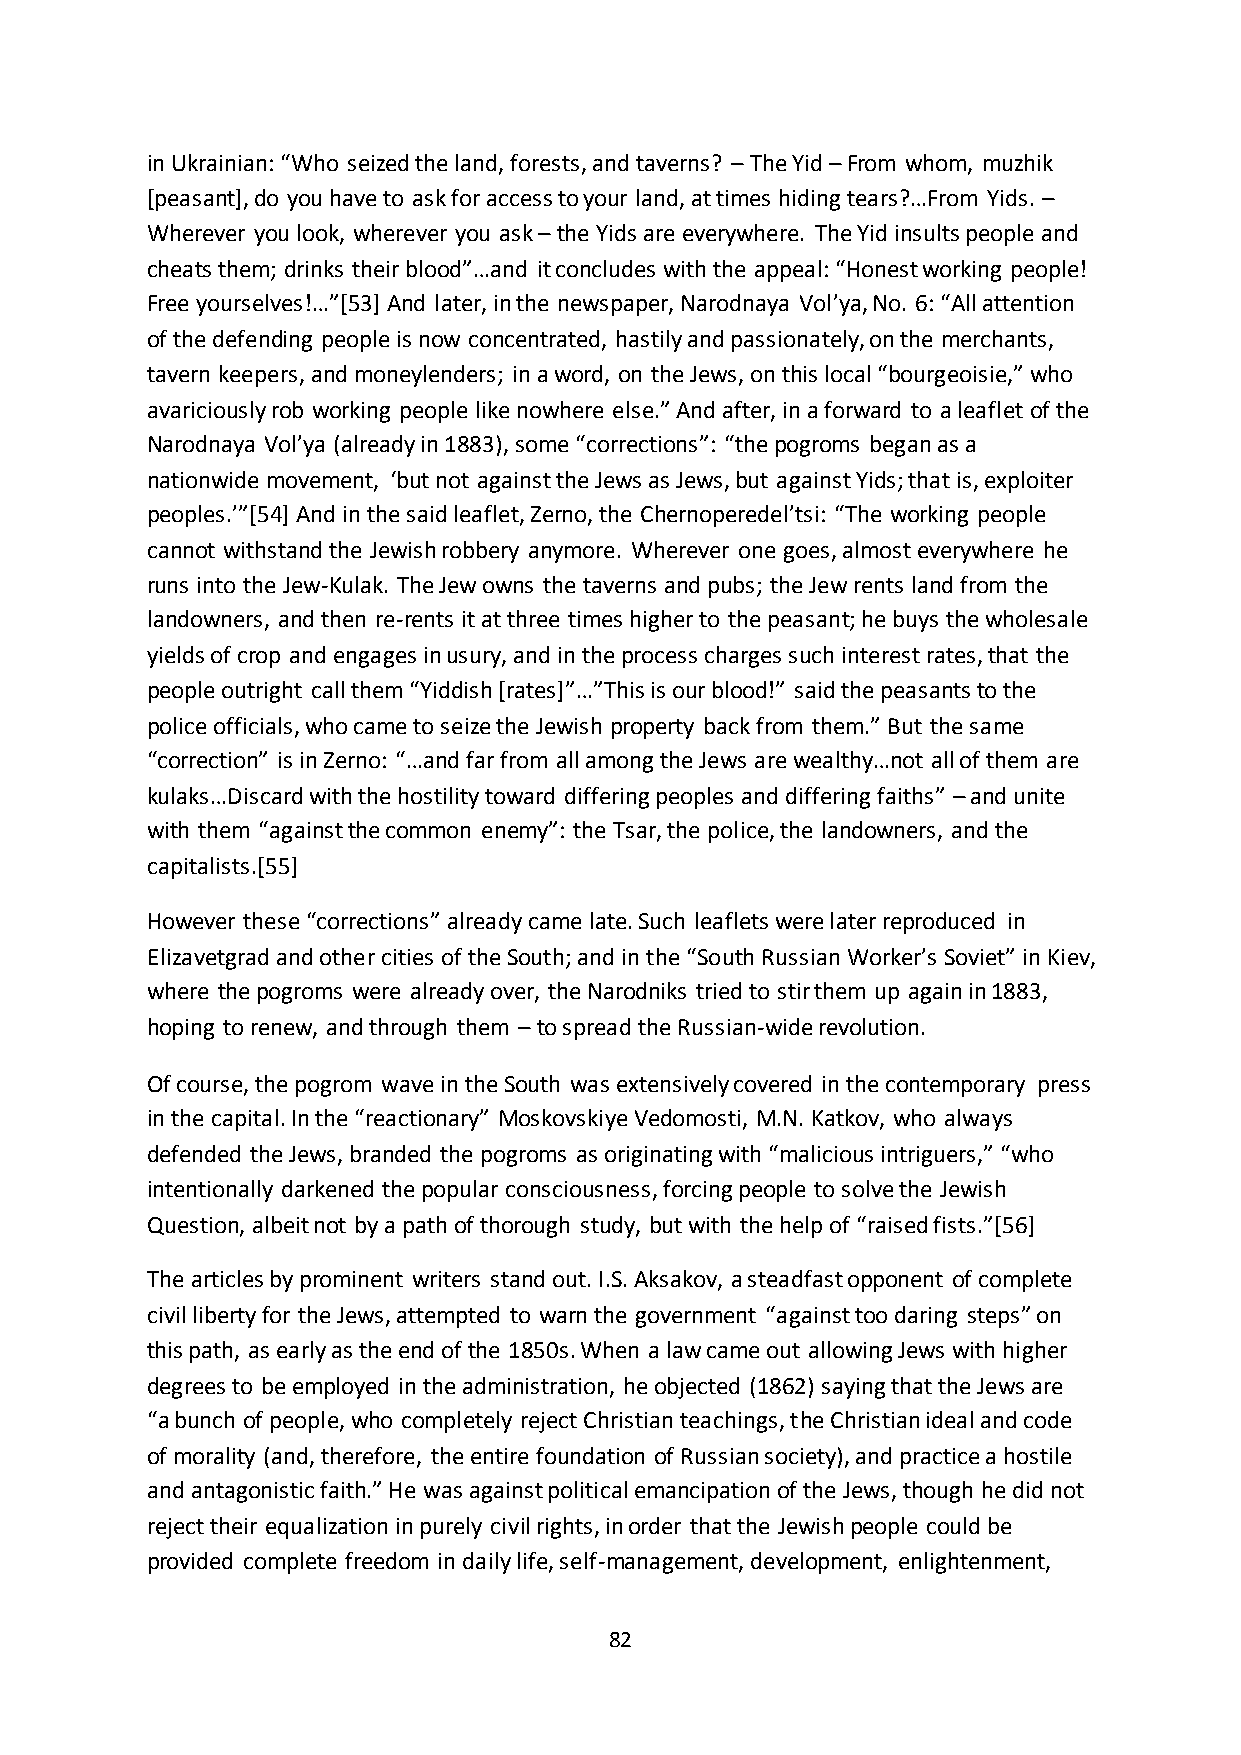
in Ukrainian: “Who seized the land, forests, and taverns? – The Yid – From whom, muzhik
 *peasant+, do you have to ask for access to your land, at times hiding tears?…From Yids. –
 Wherever you look, wherever you ask – the Yids are everywhere. The Yid insults people and
 cheats them; drinks their blood”…and it concludes with the appeal: “Honest working people!
 Free yourselves!…”*53+ And later, in the newspaper, Narodnaya Vol’ya, No. 6: “All attention
 of the defending people is now concentrated, hastily and passionately, on the merchants,
 tavern keepers, and moneylenders; in a word, on the Jews, on this local “bourgeoisie,” who
 avariciously rob working people like nowhere else.” And after, in a forward to a leaflet of the
 Narodnaya Vol’ya (already in 1883), some “corrections”: “the pogroms began as a
 nationwide movement, ‘but not against the Jews as Jews, but against Yids; that is, exploiter
 peoples.’”*54+ And in the said leaflet, Zerno, the Chernoperedel’tsi: “The working people
 cannot withstand the Jewish robbery anymore. Wherever one goes, almost everywhere he
 runs into the Jew-Kulak. The Jew owns the taverns and pubs; the Jew rents land from the
 landowners, and then re-rents it at three times higher to the peasant; he buys the wholesale
 yields of crop and engages in usury, and in the process charges such interest rates, that the
 people outright call them “Yiddish *rates+”…”This is our blood!” said the peasants to the
 police officials, who came to seize the Jewish property back from them.” But the same
 “correction” is in Zerno: “…and far from all among the Jews are wealthy…not all of them are
 kulaks…Discard with the hostility toward differing peoples and differing faiths” – and unite
 with them “against the common enemy”: the Tsar, the police, the landowners, and the
 capitalists.[55]
 However these “corrections” already came late. Such leaflets were later reproduced in
 Elizavetgrad and other cities of the South; and in the “South Russian Worker’s Soviet” in Kiev,
 where the pogroms were already over, the Narodniks tried to stir them up again in 1883,
 hoping to renew, and through them – to spread the Russian-wide revolution.
 Of course, the pogrom wave in the South was extensively covered in the contemporary press
 in the capital. In the “reactionary” Moskovskiye Vedomosti, M.N. Katkov, who always
 defended the Jews, branded the pogroms as originating with “malicious intriguers,” “who
 intentionally darkened the popular consciousness, forcing people to solve the Jewish
 Question, albeit not by a path of thorough study, but with the help of “raised fists.”*56+
 The articles by prominent writers stand out. I.S. Aksakov, a steadfast opponent of complete
 civil liberty for the Jews, attempted to warn the government “against too daring steps” on
 this path, as early as the end of the 1850s. When a law came out allowing Jews with higher
 degrees to be employed in the administration, he objected (1862) saying that the Jews are
 “a bunch of people, who completely reject Christian teachings, the Christian ideal and code
 of morality (and, therefore, the entire foundation of Russian society), and practice a hostile
 and antagonistic faith.” He was against political emancipation of the Jews, though he did not
 reject their equalization in purely civil rights, in order that the Jewish people could be
 provided complete freedom in daily life, self-management, development, enlightenment,
 82